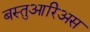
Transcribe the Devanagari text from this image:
बस्तुआरिअस